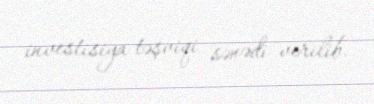
investisiya təşviqi sənədi verilib.